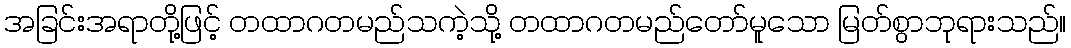
အခြင်းအရာတို့ဖြင့် တထာဂတမည်သကဲ့သို့ တထာဂတမည်တော်မူသော မြတ်စွာဘုရားသည်။